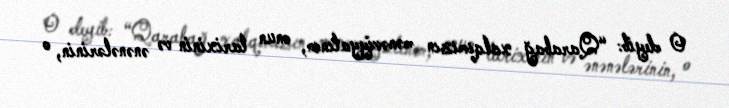
O deyib: “Qarabağ xalqımızın mənəviyyatının, onun tarixinin və ənənələrinin, o